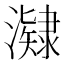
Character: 𭳔